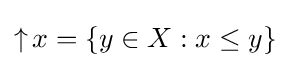
\mathop {\uparrow } x=\{y\in X:x\leq y\}